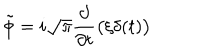
LaTeX: \tilde { \phi } = i \sqrt \pi { \frac { \partial } { \partial t } } \bigl ( \xi \delta ( t ) \bigr )